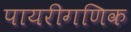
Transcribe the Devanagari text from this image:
पायरीगणिक